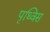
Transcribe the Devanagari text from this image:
पृथ्विस